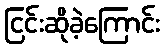
ငြင်းဆိုခဲ့ကြောင်း